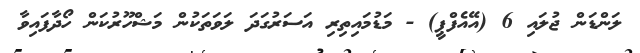
ލަންޑަން ޖުލައި 6 (އޭއެފްޕީ) - މަޑުމައިތިރި އަސަރުގަދަ ލަވަތަކުން މަޝްހޫރުކަން ހޯދާފައިވާ